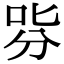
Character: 哛